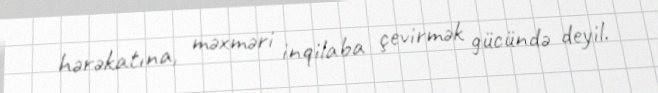
hərəkatına, məxməri inqilaba çevirmək gücündə deyil.